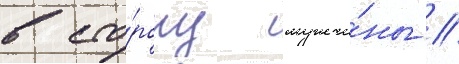
в сто́рону мужчи́ны //